system: You are a helpful assistant.
user:
Analyze the provided spectrum to determine if it is a **"Cataclysmic Variables (CV)"**.

- **Key Indicators for CV (Check for either state):**
    - **State 1: Quiescent / Low-State (Emission-Dominated)**
        - **(Primary):** Strong and *very broad* Hydrogen Balmer emission lines (e.g., $H\alpha$ at 6563 Å, $H\beta$ at 4861 Å). The 'broadness' (high velocity dispersion, often FWHM > 1000 km/s) is the key diagnostic, indicating a high-velocity accretion disk.
        - **(Secondary):** Broad neutral Helium (He I) emission lines (e.g., 5876 Å, 6678 Å).
        - **(Key Confirmation):** Presence of high-excitation *ionized* Helium (He II) emission at 4686 Å. This is a strong indicator of accretion onto a white dwarf.
        - **(Line Profile):** Emission lines may exhibit a 'double-peaked' profile, which is a classic signature of a rotating accretion disk viewed at high inclination.

    - **State 2: Outburst / High-State (Absorption-Dominated)**
        - **(Primary):** Spectrum is dominated by a bright, blue continuum (looks like a hot star).
        - **(Secondary):** The emission lines from State 1 are weak, absent, or 'filled in', and are replaced by broad, shallow *absorption* lines (primarily Balmer and He I).
        - **(Morphology):** The overall spectrum mimics a hot B/A-type star. The crucial difference is that the absorption lines are significantly broader, shallower, and more 'washed-out' (or 'smeared') than the sharp lines of a normal stellar photosphere, due to high rotational speeds and pressure broadening in the disk.

Think first, call **spectral_visualization_tool** if needed to examine features in detail, then provide your final answer. Your response must adhere to the following strict rules:
1.  **Overall Structure:** Your response must follow the format `<think>...</think> <tool_call>...</tool_call> (if a tool is used) <answer>...</answer>`.
2.  **Tool Usage Constraint:** You may only make **one** tool call per turn.
3.  **Final Answer Format:** In the `<answer>` tag, your conclusion must be inside a `\boxed{}` command (e.g., `\boxed{YES}`), followed by your justification.

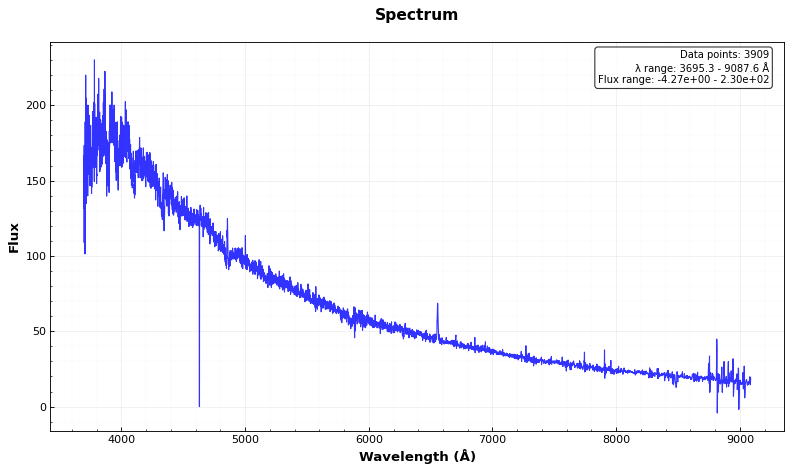
Answer: YES